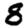
Digit: 8